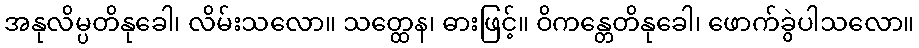
အနုလိမ္ပတိနုခေါ၊ လိမ်းသလော။ သတ္ထေန၊ ဓားဖြင့်။ ဝိကန္တေတိနုခေါ၊ ဖောက်ခွဲပါသလော။